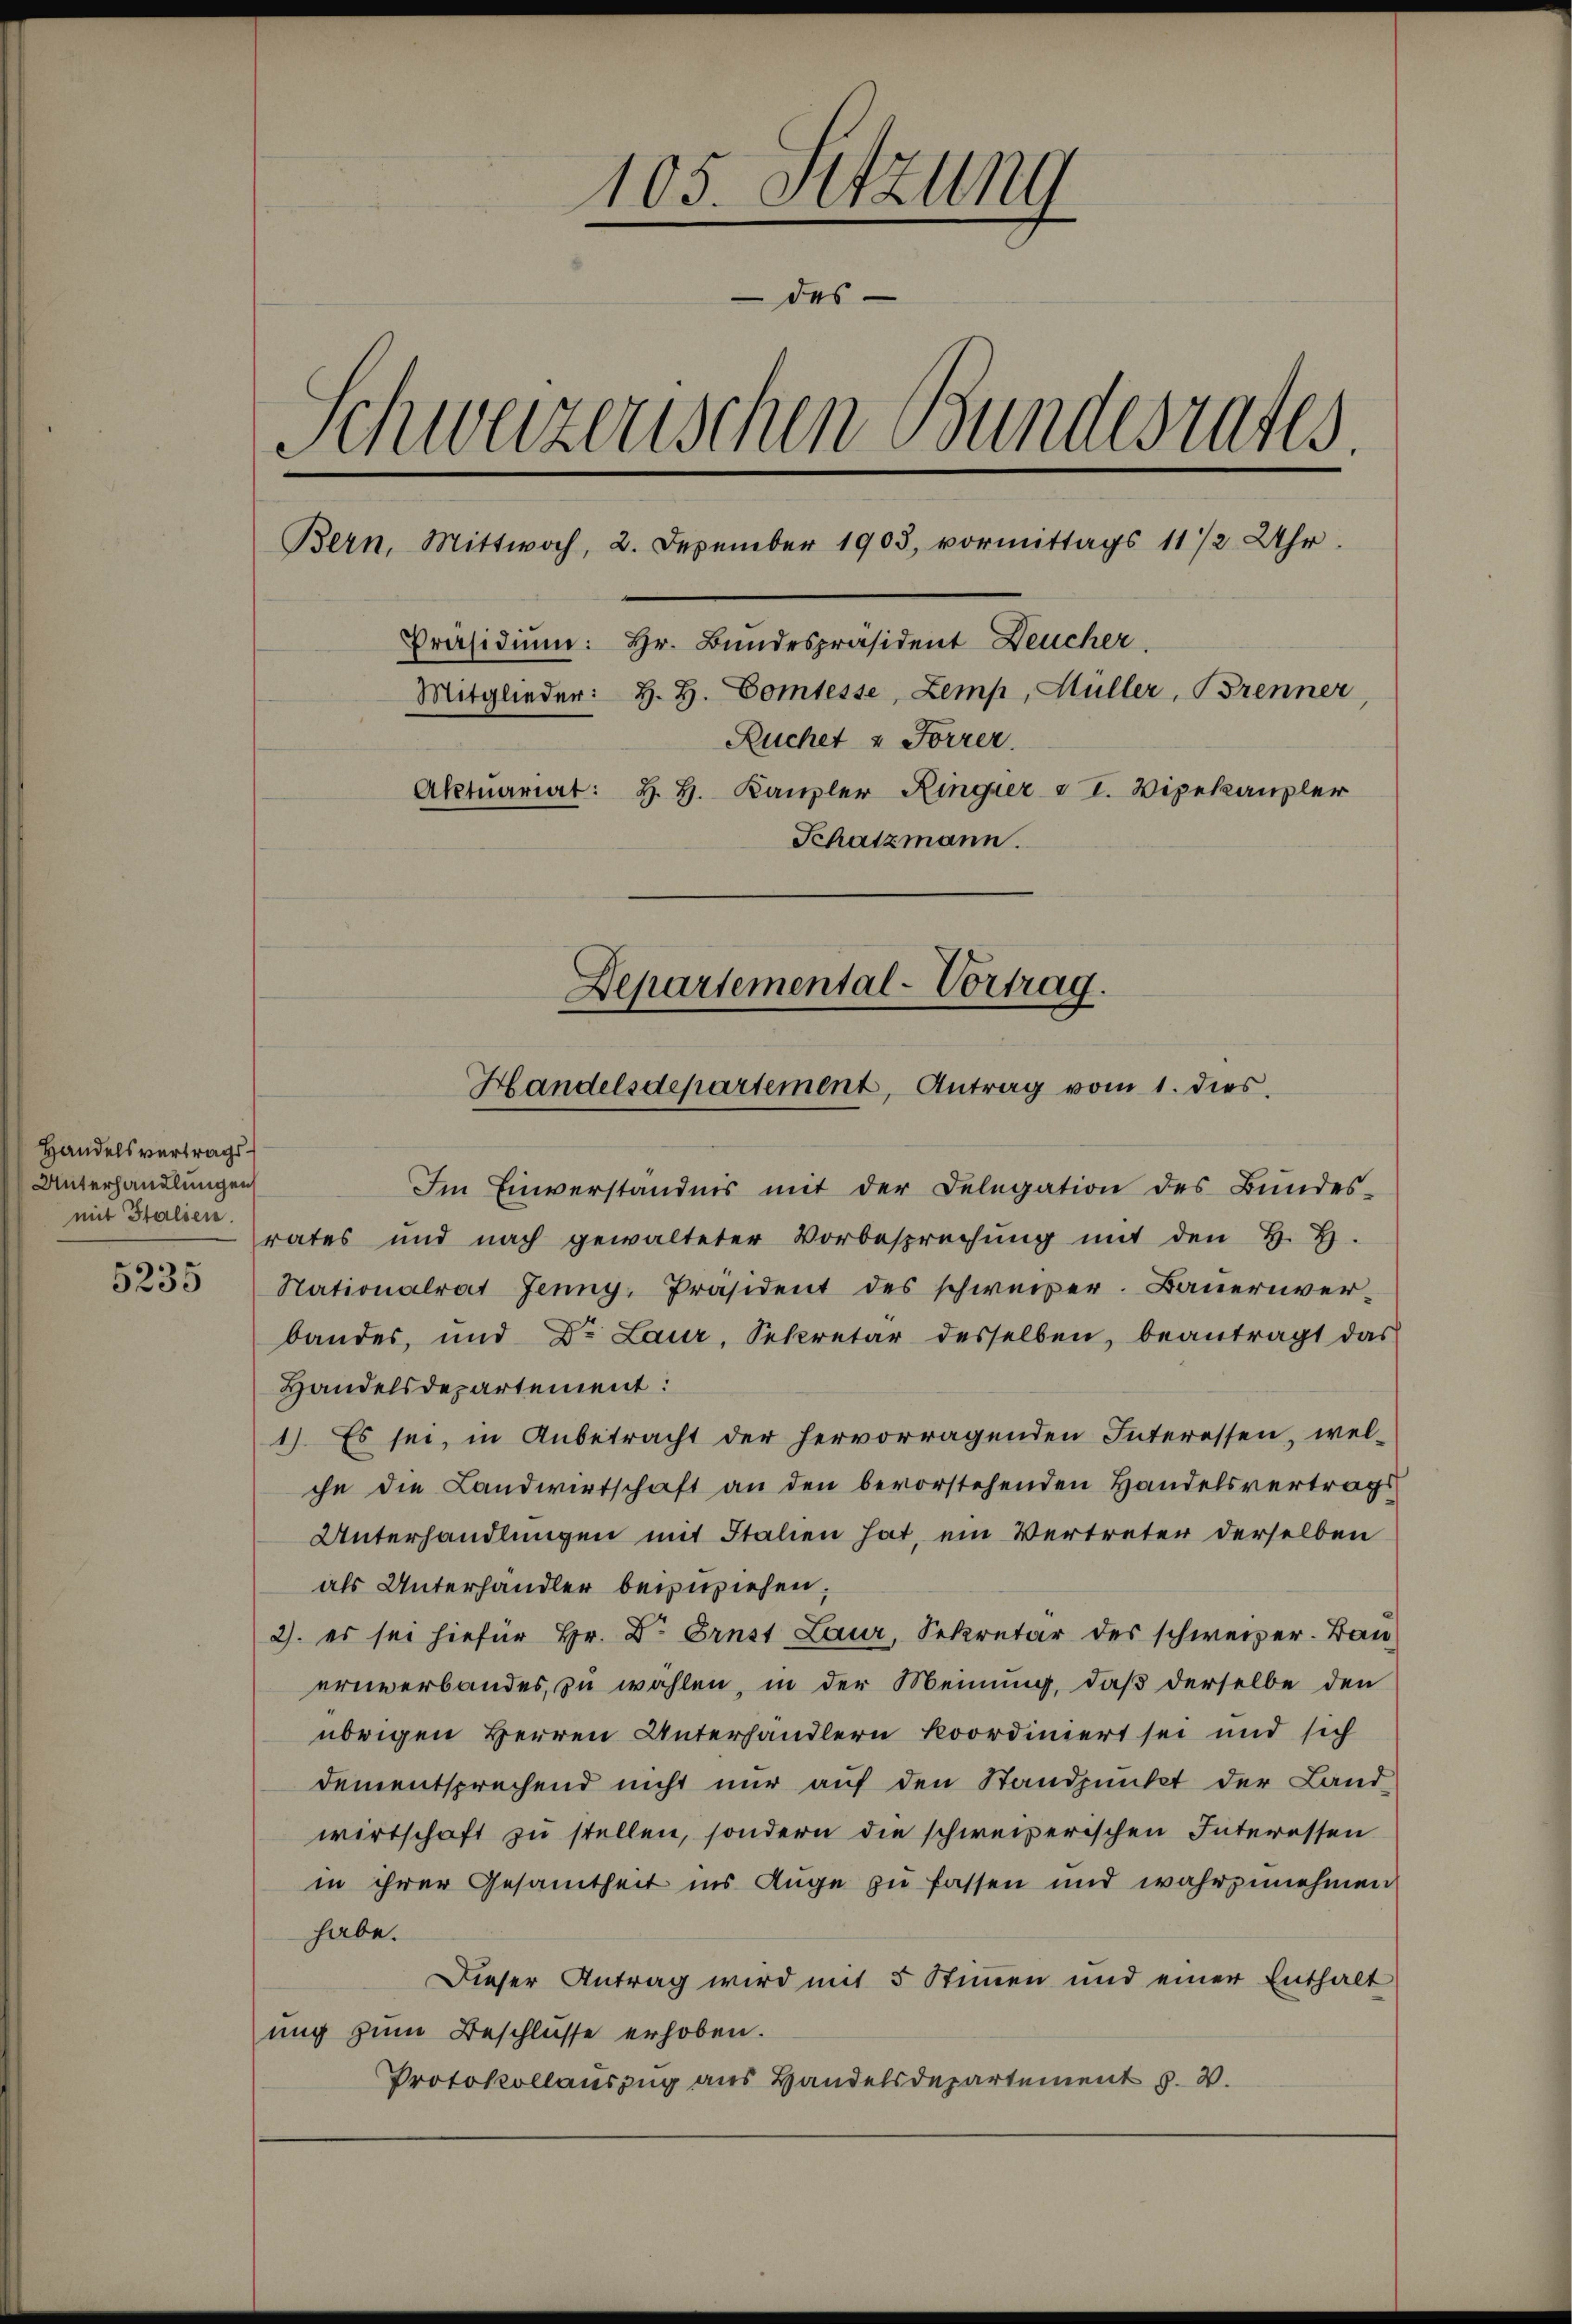
Handelsvertrags¬
Unterhandlungen
mit Italien.

5235

105. Setzung
des
Schweizerischen Bundesrates.
Bern, Mittwoch, 2. Dezember 1903, vormittags 11/2 Uhr.
Präsidium: Hr. Bundespräsident Deucher,
Mitglieder: H. H. Comtesse, Zemp, Hüller, Brenner,
Ruchet & Forrer.
Aktuariat: H. H. Kanzler Ringier v I. Wipekanzler
Schatzmann.
Departemental-Vortrag.
Handelsdepartement, Antrag vom 1. dies

Im Einverständnis mit der Delegation des Bŭndes-
rates und nach gewalteter Vorbesprechŭng mit den H. H.
Stationalrat Jenny, Präsident des schweizer. Baŭernver-
bandes, und Dr. Laur, Sekretär desselben, beantragt das
Handelsdepartement:
1) Es sei, in Anbetracht der hervorragenden Interessen, wel-
che die Landwirtschaft an den bevorstehenden Handelsvertrags
Unterhandlungen mit Italien hat, ein Vertreter derselben
als Unterhandler beizuziehen,
2. es sei hiefür Hr. Dr. Ernst Laur, Sekretär des schweizer. Bauernverbandes, zu wählen, in der Meinung, daß derselbe den
übrigen Herren Unterhandlern koordiniert sei und sich
dementsprechend nicht nur auf den Standpunkt der Land-
wirtschaft zu stellen, sondern die schweizerischen Interessen
in ihrer Gesamtheit ins Auge zu fassen und wahrzunehmen
habe.
Dieser Antrag wird mit 5 Stimmen und einer Enthalt
ung zum Beschlüsse erhoben.
Protokollauszug aus Handelsdepartement J. V.